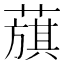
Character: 𦻬